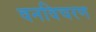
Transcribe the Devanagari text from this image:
वनविचरण